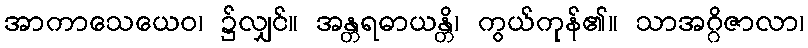
အာကာသေယေဝ၊ ၌လျှင်။ အန္တရဓာယန္တိ၊ ကွယ်ကုန်၏။ သာအဂ္ဂိဇာလာ၊